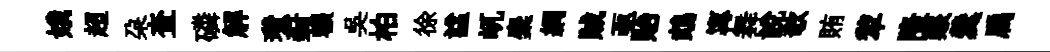
娥超朶查磷解瓚葑輾吴柏徐諡屼麋網賊亟貽鵡𡩋舞說欹賄犂隆艱羹扃